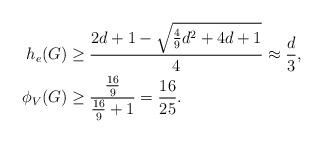
LaTeX: \begin{align*}h_e(G) &\geq \frac{2d+1-\sqrt{\frac{4}{9}d^2+4d+1}}{4} \approx \frac{d}{3}, \\\phi_V(G) &\geq \frac{\frac{16}{9}}{\frac{16}{9}+1} = \frac{16}{25}.\end{align*}